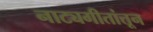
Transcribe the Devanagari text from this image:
नाट्यगीतांतून